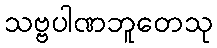
သဗ္ဗပါဏဘူတေသု